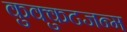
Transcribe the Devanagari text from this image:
कुक्कुटजन्म